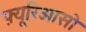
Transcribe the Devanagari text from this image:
फ़्यूरिओसो